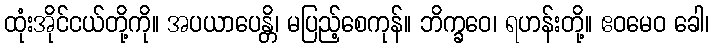
ထုံးအိုင်ငယ်တို့ကို။ အပယာပေန္တိ၊ မပြည့်စေကုန်။ ဘိက္ခဝေ၊ ရဟန်းတို့။ ဧဝမေဝ ခေါ၊